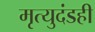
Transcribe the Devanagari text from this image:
मृत्युदंडही